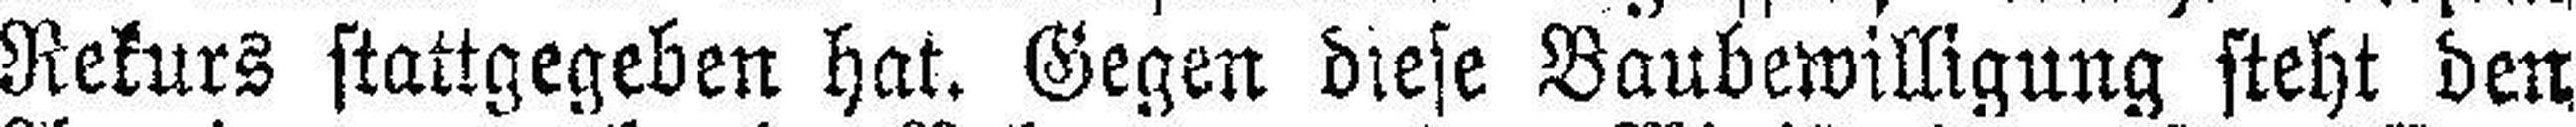
Rekurs stattgegeben hat. Gegen diese Baubewilligung steht den